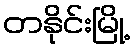
တနိုင်းမြို့